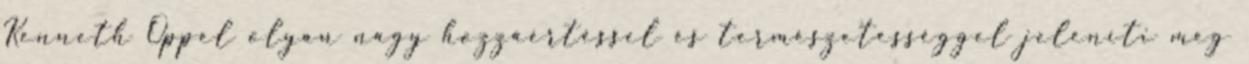
Kenneth Oppel olyan nagy hozzáértéssel és természetességgel jeleníti meg